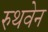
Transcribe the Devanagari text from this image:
रुथवेन